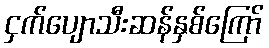
ငှက်ပျောသီးဆန်နှစ်ကြော်